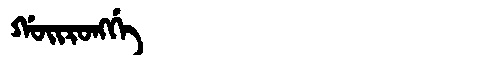
Manchu: ᡤᠣᡳᡵᠣᠩᡤᡝ
Romanization: GOIRONGGE